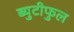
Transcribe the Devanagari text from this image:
ब्युटीफुल